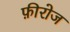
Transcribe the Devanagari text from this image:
फ़ीरोज